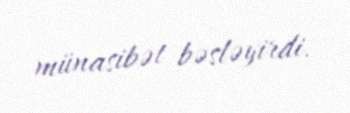
münasibət bəsləyirdi.